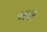
અપર